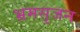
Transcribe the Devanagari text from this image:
भ्रमसृजन